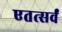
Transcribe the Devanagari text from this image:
एतत्सर्वं